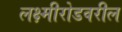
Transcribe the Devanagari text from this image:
लक्ष्मीरोडवरील